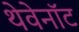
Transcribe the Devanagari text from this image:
थेवेनॉट